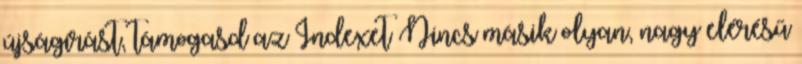
újságírást, támogasd az Indexet Nincs másik olyan, nagy elérésű